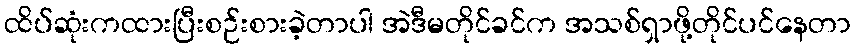
ထိပ်ဆုံးကထားပြီးစဉ်းစားခဲ့တာပါ အဲဒီမတိုင်ခင်က အသစ်ရှာဖို့တိုင်ပင်နေတာ